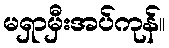
မရှာမှီးအပ်ကုန်။